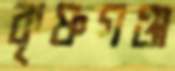
কৃষ্ণগঞ্জ